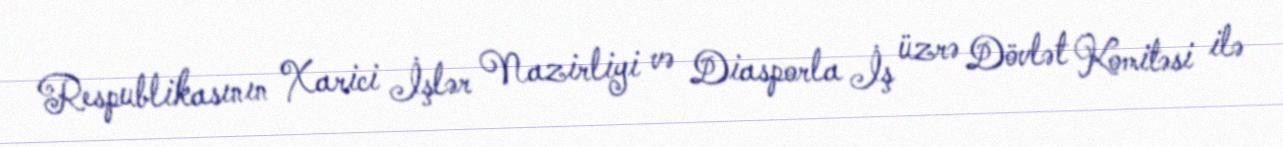
Respublikasının Xarici İşlər Nazirliyi və Diasporla İş üzrə Dövlət Komitəsi ilə